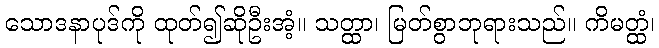
သောဒနာပုဒ်ကို ထုတ်၍ဆိုဦးအံ့။ သတ္ထာ၊ မြတ်စွာဘုရားသည်။ ကိမတ္ထံ၊